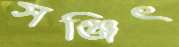
সঞ্জিৎ